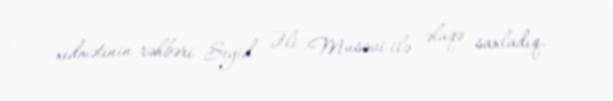
xidmətinin rəhbəri Seyid Əli Musəvi ilə əlaqə saxladıq.